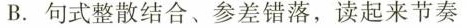
B.句式整散结合、参差错落，读起来节奏